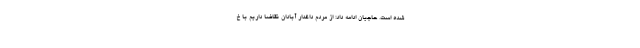
شده است. حاجیان ادامه داد: از مردم داغدار آبادان تقاضا داریم با خ